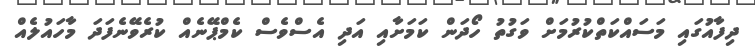
ދިފާއުގައި މަސައްކަތްކުރުމަށް ވަގުތު ހޯދަން ކަމަށާއި އަދި އެސްވެސް ކެމްޕޭނެއް ކުރެވޭނެފަދަ މާހައުލެއް